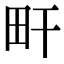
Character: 𤰟